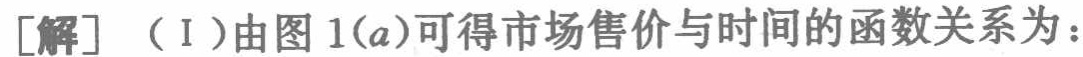
[解] （I）由图 1(a)可得市场售价与时间的函数关系为：